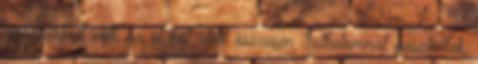
visszafogott volt, az öt hét alatt összesen 3alkalommal posztoltak,